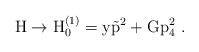
\begin{align*}\rm H \to H^{(1)}_0 = y \vec{p}^2 + G p_4^2~.\end{align*}